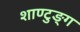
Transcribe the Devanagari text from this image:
शाण्टुङ्ग